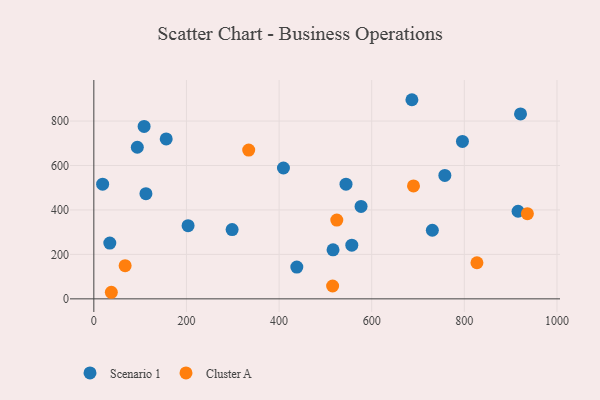
{"axis": {"x": "Engine Size", "y": "Fuel Efficiency"}, "legend": ["Cluster A", "Scenario 1"], "data": [{"x": "916.0", "y": 394.1, "type": "Scenario 1"}, {"x": "577.0", "y": 415.8, "type": "Scenario 1"}, {"x": "112.5", "y": 473.3, "type": "Scenario 1"}, {"x": "757.9", "y": 555.6, "type": "Scenario 1"}, {"x": "544.5", "y": 515.8, "type": "Scenario 1"}, {"x": "108.6", "y": 776.0, "type": "Scenario 1"}, {"x": "795.9", "y": 708.5, "type": "Scenario 1"}, {"x": "921.3", "y": 832.3, "type": "Scenario 1"}, {"x": "516.5", "y": 220.4, "type": "Scenario 1"}, {"x": "34.5", "y": 250.8, "type": "Scenario 1"}, {"x": "19.0", "y": 515.9, "type": "Scenario 1"}, {"x": "557.0", "y": 241.4, "type": "Scenario 1"}, {"x": "298.6", "y": 311.6, "type": "Scenario 1"}, {"x": "93.9", "y": 682.1, "type": "Scenario 1"}, {"x": "409.4", "y": 588.8, "type": "Scenario 1"}, {"x": "730.9", "y": 308.8, "type": "Scenario 1"}, {"x": "156.3", "y": 719.6, "type": "Scenario 1"}, {"x": "203.5", "y": 329.2, "type": "Scenario 1"}, {"x": "686.8", "y": 896.0, "type": "Scenario 1"}, {"x": "438.3", "y": 143.2, "type": "Scenario 1"}, {"x": "334.4", "y": 669.5, "type": "Cluster A"}, {"x": "67.6", "y": 149.2, "type": "Cluster A"}, {"x": "515.6", "y": 57.9, "type": "Cluster A"}, {"x": "37.8", "y": 29.6, "type": "Cluster A"}, {"x": "827.2", "y": 162.5, "type": "Cluster A"}, {"x": "690.2", "y": 508.2, "type": "Cluster A"}, {"x": "524.6", "y": 354.3, "type": "Cluster A"}, {"x": "936.1", "y": 383.3, "type": "Cluster A"}]}